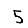
Digit: 5